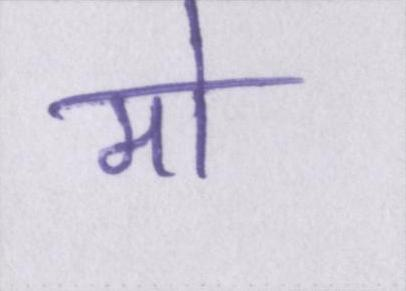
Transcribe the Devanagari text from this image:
मो